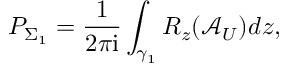
P _ { \Sigma _ { 1 } } = \frac { 1 } { 2 \pi \mathrm { i } } \int _ { \gamma _ { 1 } } R _ { z } ( \mathcal { A } _ { U } ) d z ,